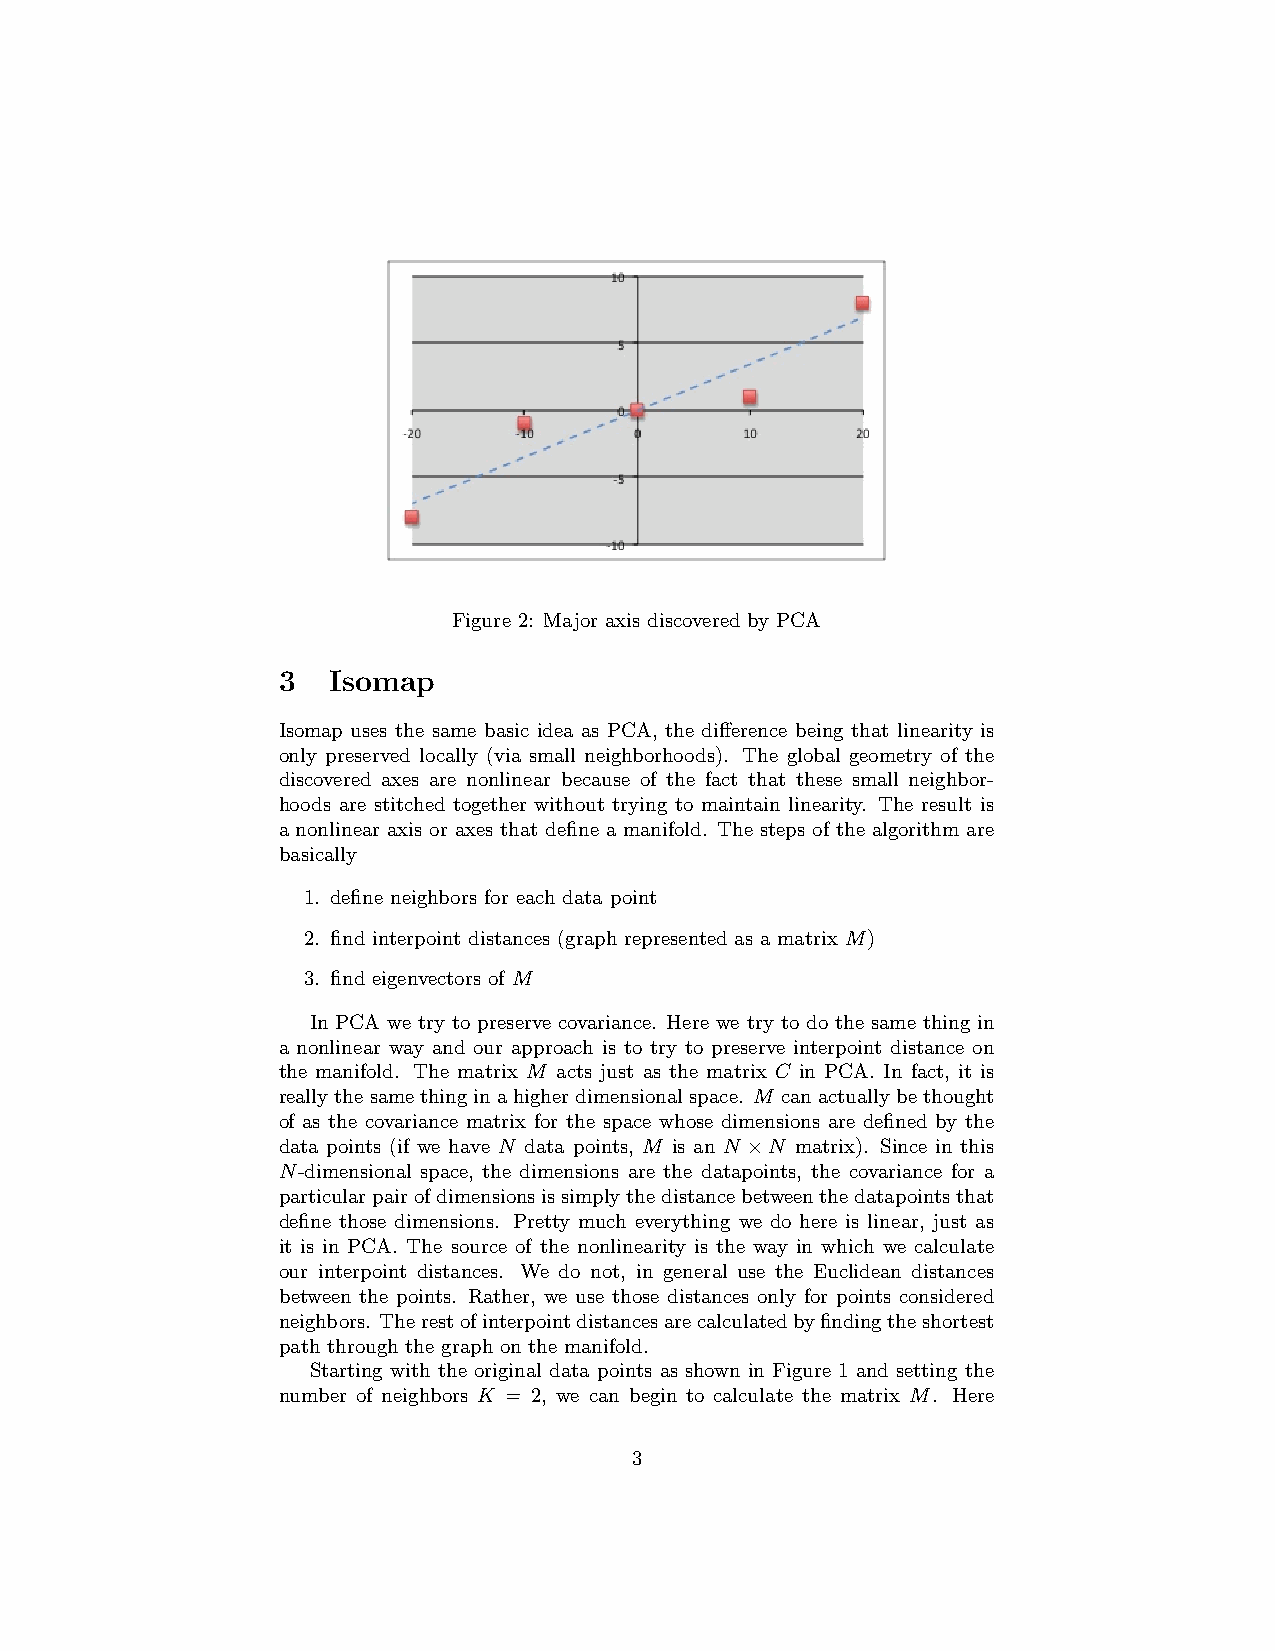
Figure 2: Major axis discovered by PCA
 3   Isomap
 Isomap uses the same basic idea as PCA, the difference being that linearity is
 only preserved locally (via small neighborhoods). The global geometry of the
 discovered axes are nonlinear because of the fact that these small neighbor-
 hoods are stitched together without trying to maintain linearity. The result is
 a nonlinear axis or axes that define a manifold. The steps of the algorithm are
 basically
 1. define neighbors for each data point
 2. find interpoint distances (graph represented as a matrix M)
 3. find eigenvectors of M
 In PCA we try to preserve covariance. Here we try to do the same thing in
 a nonlinear way and our approach is to try to preserve interpoint distance on
 the manifold. The matrix M acts just as the matrix C in PCA. In fact, it is
 reallythesamethinginahigherdimensionalspace. M canactuallybethought
 of as the covariance matrix for the space whose dimensions are defined by the
 data points (if we have N data points, M is an N ×N matrix). Since in this
 N-dimensional space, the dimensions are the datapoints, the covariance for a
 particularpairofdimensionsissimplythedistancebetweenthedatapointsthat
 define those dimensions. Pretty much everything we do here is linear, just as
 it is in PCA. The source of the nonlinearity is the way in which we calculate
 our interpoint distances. We do not, in general use the Euclidean distances
 between the points. Rather, we use those distances only for points considered
 neighbors. Therestofinterpointdistancesarecalculatedbyfindingtheshortest
 path through the graph on the manifold.
 Starting with the original data points as shown in Figure 1 and setting the
 number of neighbors K = 2, we can begin to calculate the matrix M. Here
 3